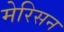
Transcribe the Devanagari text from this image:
मेरिसन